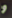
و